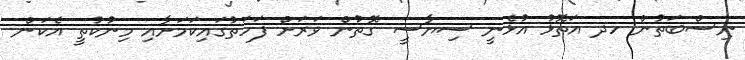
ނިސްބަތުން ހދ އަތޮޅު އުޅެނީ ސިޔާސީ ގޮތުން ވަރަށް ފަހަތުގައިކަމަށާއި މިނުކުުތީ އެކަން